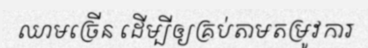
ឈាមច្រើន ដើម្បីឲ្យគ្រប់តាមតម្រូវការ